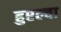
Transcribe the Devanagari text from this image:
हुएल्वा